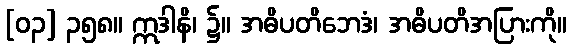
[၀၃] ၃၅၈။ ဣဒါနိ၊ ၌။ အဓိပတိဘေဒံ၊ အဓိပတိအပြားကို။